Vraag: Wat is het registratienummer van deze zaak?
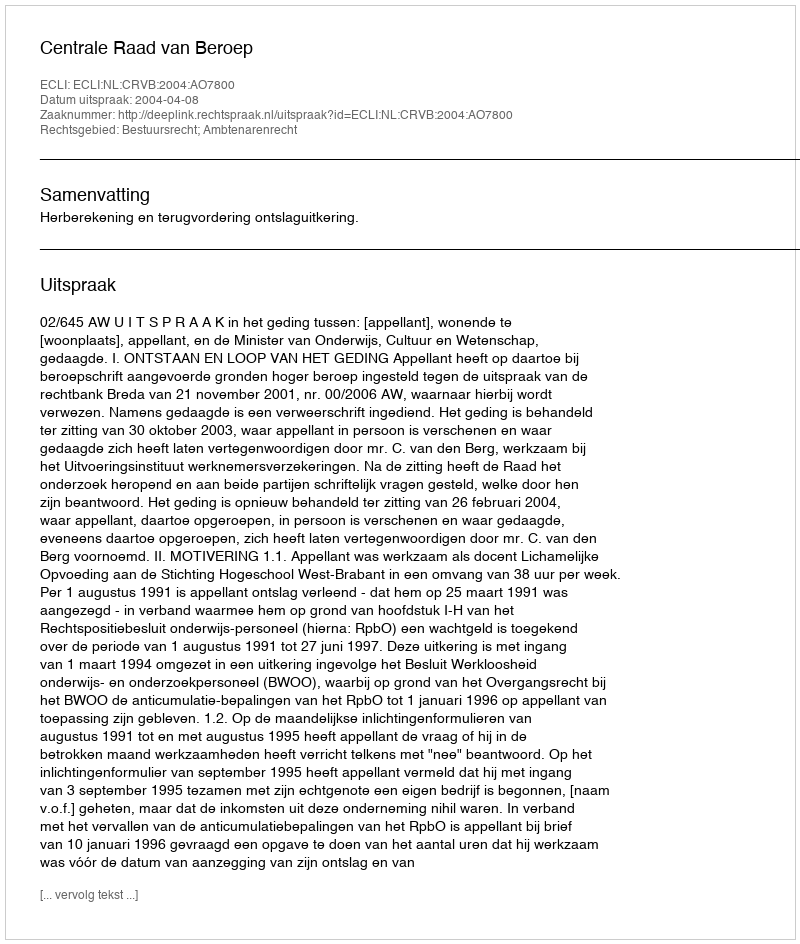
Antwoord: http://deeplink.rechtspraak.nl/uitspraak?id=ECLI:NL:CRVB:2004:AO7800